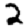
Digit: 2